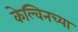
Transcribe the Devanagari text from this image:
केल्विनच्या